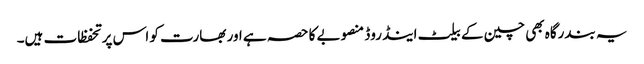
یہ بندرگاہ بھی چین کے بیلٹ اینڈ روڈ منصوبے کا حصہ ہے اور بھارت کو اس پر تحفظات ہیں۔